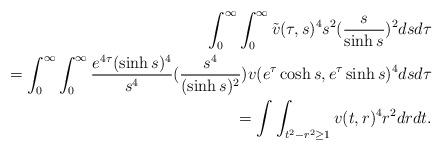
LaTeX: \begin{align*}\aligned\int_{0}^{\infty} \int_{0}^{\infty} \tilde{v}(\tau, s)^{4} s^{2} (\frac{s}{\sinh s})^{2} ds d\tau \\= \int_{0}^{\infty} \int_{0}^{\infty} \frac{e^{4 \tau} (\sinh s)^{4}}{s^{4}} (\frac{s^{4}}{(\sinh s)^{2}}) v(e^{\tau} \cosh s, e^{\tau} \sinh s)^{4} ds d\tau \\= \int \int_{t^{2} - r^{2} \geq 1} v(t,r)^{4} r^{2} dr dt.\endaligned\end{align*}